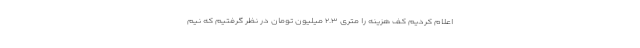
اعلام کردیم کف هزینه را متری ۲.۳ میلیون تومان در نظر گرفتیم که نیم